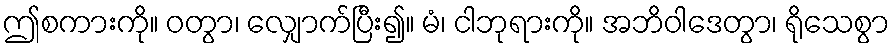
ဤစကားကို။ ဝတွာ၊ လျှောက်ပြီး၍။ မံ၊ ငါဘုရားကို။ အဘိဝါဒေတွာ၊ ရိုသေစွာ